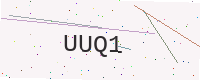
Text: UUQ1